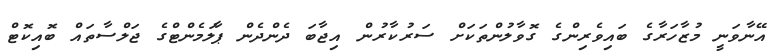
އޭނާވަނީ މުޒާހަރާގެ ބައިވެރިންގެ ގޮވާލުންތަކަށް ސަރުކާރުން އިޖާބަ ދެންދެން ޕާލަމެންޓްގެ ޖަލްސާތައް ބޮއިކޮޓް